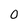
Character: O